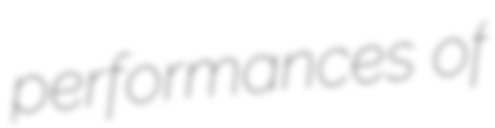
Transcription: performances of